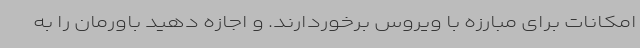
امکانات برای مبارزه با ویروس برخوردارند. و اجازه دهید باورمان را به